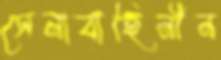
সেনাবাহিনীন